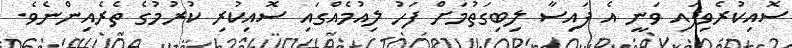
ސޮއިކުރެވިފައި ވަނީ އެ ފައިސާ ލިބިގަތުމަށް ފަހު ލިއުމެއްގައި ސޮއިކުރި ކުރުމުގެ ތެރެއިންނެވެ.